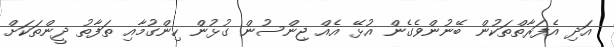
އަދި އެފަރާތްތަކުން ބޭނުންވެގެން އުޅޭ އެއް ޖިންސުން ގުޅުން ހިންގުމާއި ތަފާތު ދީންތަކަށް